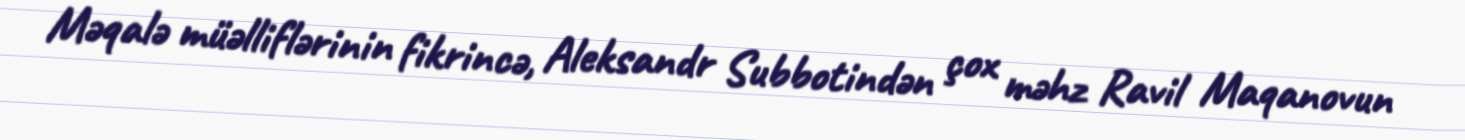
Məqalə müəlliflərinin fikrincə, Aleksandr Subbotindən çox məhz Ravil Maqanovun